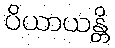
ပိယာယန္တိ